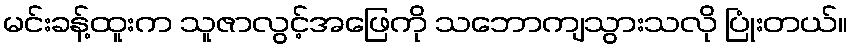
မင်းခန့်ထူးက သူဇာလွင့်အဖြေကို သဘောကျသွားသလို ပြုံးတယ်။